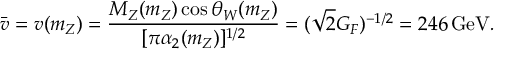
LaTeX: G _ { \left| n \right| } ^ { \alpha } = - G _ { - n } ^ { \alpha } .